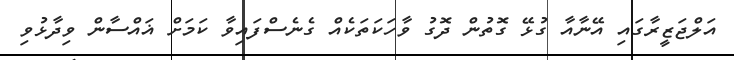
އަލްޖަޒީރާގައި އޭނާއާ ގުޅޭ ގޮތުން ދޮގު ވާހަކަތަކެއް ގެނެސްފައިވާ ކަމަށް ޣައްސާން ވިދާޅުވި